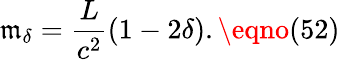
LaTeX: \mathfrak{m}_{\delta}=\frac{{L}}{{c^{2}}}(1-2\delta).\eqno(52)